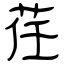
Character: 荏